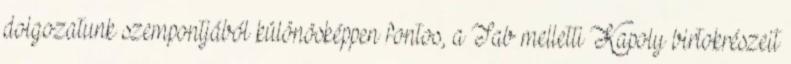
dolgozatunk szempontjából különösképpen fontos, a Tab melletti Kapoly birtokrészeit